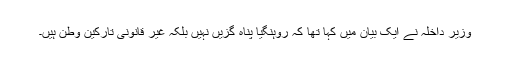
وزیر داخلہ نے ایک بیان میں کہا تھا کہ روہنگیا پناہ گزیں نہیں بلکہ غیر قانونی تارکین وطن ہیں۔